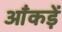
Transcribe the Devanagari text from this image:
आँकड़ें